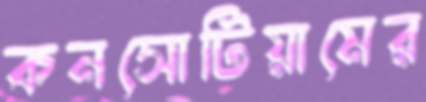
কনসোটিয়ামের